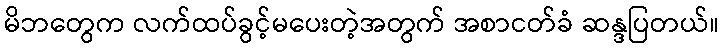
မိဘတွေက လက်ထပ်ခွင့်မပေးတဲ့အတွက် အစာငတ်ခံ ဆန္ဒပြတယ်။